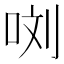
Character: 𭇯